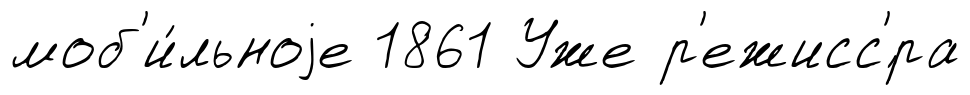
моб'и́льноjе 1861 Уже р'ежисс'́ра